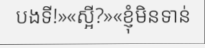
បងទី!»«ស្អី?»«ខ្ញុំមិនទាន់